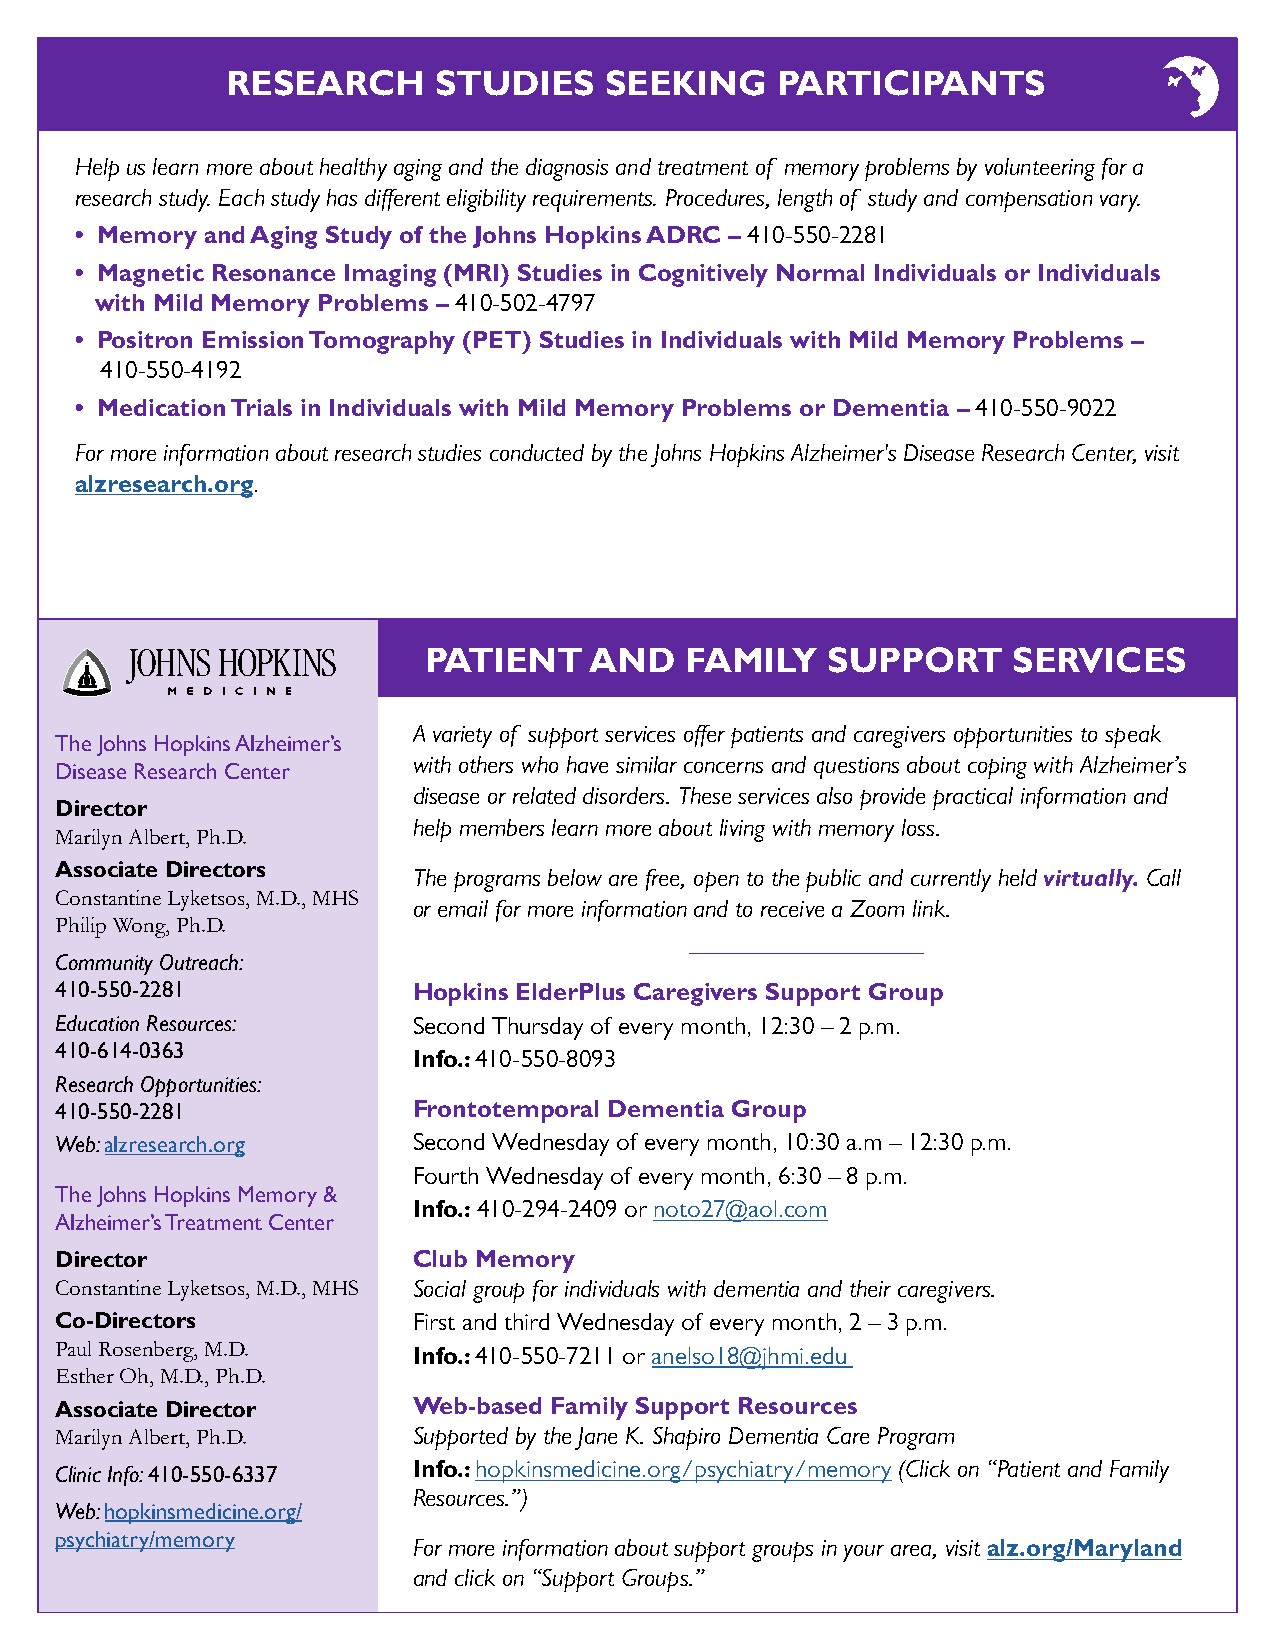
RESEARCH      STUDIES    SEEKING    PARTICIPANTS
 Help us learn more about healthy aging and the diagnosis and treatment of memory problems by volunteering for a
 research study. Each study has different eligibility requirements. Procedures, length of study and compensation vary.
 • Memory and Aging Study of the Johns Hopkins ADRC – 410-550-2281
 • Magnetic Resonance Imaging (MRI) Studies in Cognitively Normal Individuals or Individuals
 with Mild Memory Problems – 410-502-4797
 • Positron Emission Tomography (PET) Studies in Individuals with Mild Memory Problems –
 410-550-4192
 • Medication Trials in Individuals with Mild Memory Problems or Dementia – 410-550-9022
 For more information about research studies conducted by the Johns Hopkins Alzheimer's Disease Research Center, visit
 alzresearch.org.
 PATIENT    AND   FAMILY    SUPPORT     SERVICES
 A variety of support services offer patients and caregivers opportunities to speak
 The Johns Hopkins Alzheimer’s
 with others who have similar concerns and questions about coping with Alzheimer’s
 Disease Research Center
 disease or related disorders. These services also provide practical information and
 Director
 help members learn more about living with memory loss.
 Marilyn Albert, Ph.D.
 Associate Directors    The programs below are free, open to the public and currently held virtually. Call
 Constantine Lyketsos, M.D., MHS
 or email for more information and to receive a Zoom link.
 Philip Wong, Ph.D.
 Community Outreach:
 410-550-2281           Hopkins ElderPlus Caregivers Support Group
 Education Resources:   Second Thursday of every month, 12:30 – 2 p.m.
 410-614-0363           Info.: 410-550-8093
 Research Opportunities:
 410-550-2281           Frontotemporal Dementia Group
 Web: alzresearch.org   Second Wednesday of every month, 10:30 a.m – 12:30 p.m.
 Fourth Wednesday of every month, 6:30 – 8 p.m.
 The Johns Hopkins Memory &
 Info.: 410-294-2409 or noto27@aol.com
 Alzheimer’s Treatment Center
 Director               Club Memory
 Constantine Lyketsos, M.D., MHS Social group for individuals with dementia and their caregivers.
 Co-Directors           First and third Wednesday of every month, 2 – 3 p.m.
 Paul Rosenberg, M.D.   Info.: 410-550-7211 or anelso18@jhmi.edu
 Esther Oh, M.D., Ph.D.
 Web-based Family Support Resources
 Associate Director
 Marilyn Albert, Ph.D.  Supported by the Jane K. Shapiro Dementia Care Program
 Info.: hopkinsmedicine.org/psychiatry/memory (Click on “Patient and Family
 Clinic Info: 410-550-6337
 Resources.”)
 Web: hopkinsmedicine.org/
 psychiatry/memory
 For more information about support groups in your area, visit alz.org/Maryland
 and click on “Support Groups.”